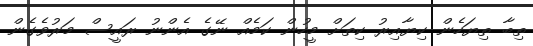
ތިބާ ތިޔަހެން ކިޔާއިރު ކިތަށް މީހުން ކަމެއް ނޭގެ އެންނު ރައީސް މަރުވެގެން